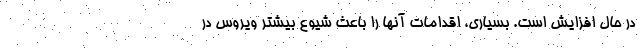
در حال افزایش است. بسیاری، اقدامات آنها را باعث شیوع بیشتر ویروس در